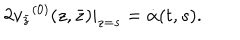
2 { v _ { \bar { z } } } ^ { ( 0 ) } ( z , \bar { z } ) | _ { z = s } = \dot { \alpha } ( t , s ) .